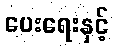
ပေးရေးနှင့်